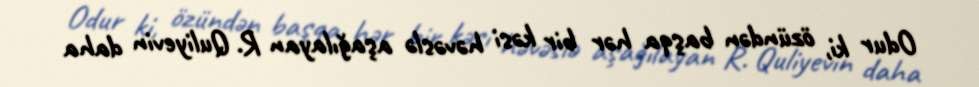
Odur ki, özündən başqa hər bir kəsi həvəslə aşağılayan R. Quliyevin daha